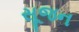
સૂજન